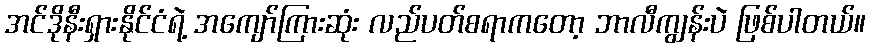
အင်ဒိုနီးရှားနိုင်ငံရဲ့ အကျော်ကြားဆုံး လည်ပတ်စရာကတော့ ဘာလီကျွန်းပဲ ဖြစ်ပါတယ်။